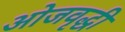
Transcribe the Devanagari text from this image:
ओजवृद्धी